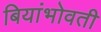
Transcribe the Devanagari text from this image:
बियांभोवती